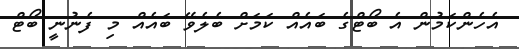
އެހެންކަމުން އެ ބޯޓްގެ ބައެއް ކަމަށް ބެލެވޭ ބައެއް މި ފެނުނީ ބޯޓް